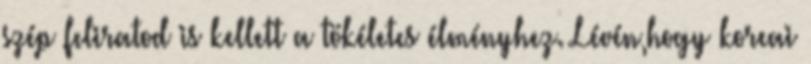
szép feliratod is kellett a tökéletes élményhez. Lévén,hogy koreai